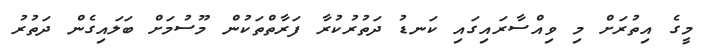
މީގެ އިތުރަށް މި ވިއްސާރައިގައި ކަނޑު ދަތުރުކުރާ ފަރާތްތަކުން މޫސުމަށް ބަލައިގެން ދަތުރު